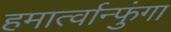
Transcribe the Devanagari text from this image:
हमार्त्वान्फुंगा